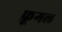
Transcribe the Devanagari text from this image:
फ्रूगल